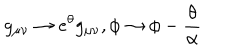
g _ { \mu \nu } \rightarrow e ^ { \theta } g _ { \mu \nu } , \phi \rightarrow \phi - \frac { \theta } { \alpha }